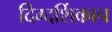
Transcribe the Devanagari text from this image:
दिग्दर्शिकाच